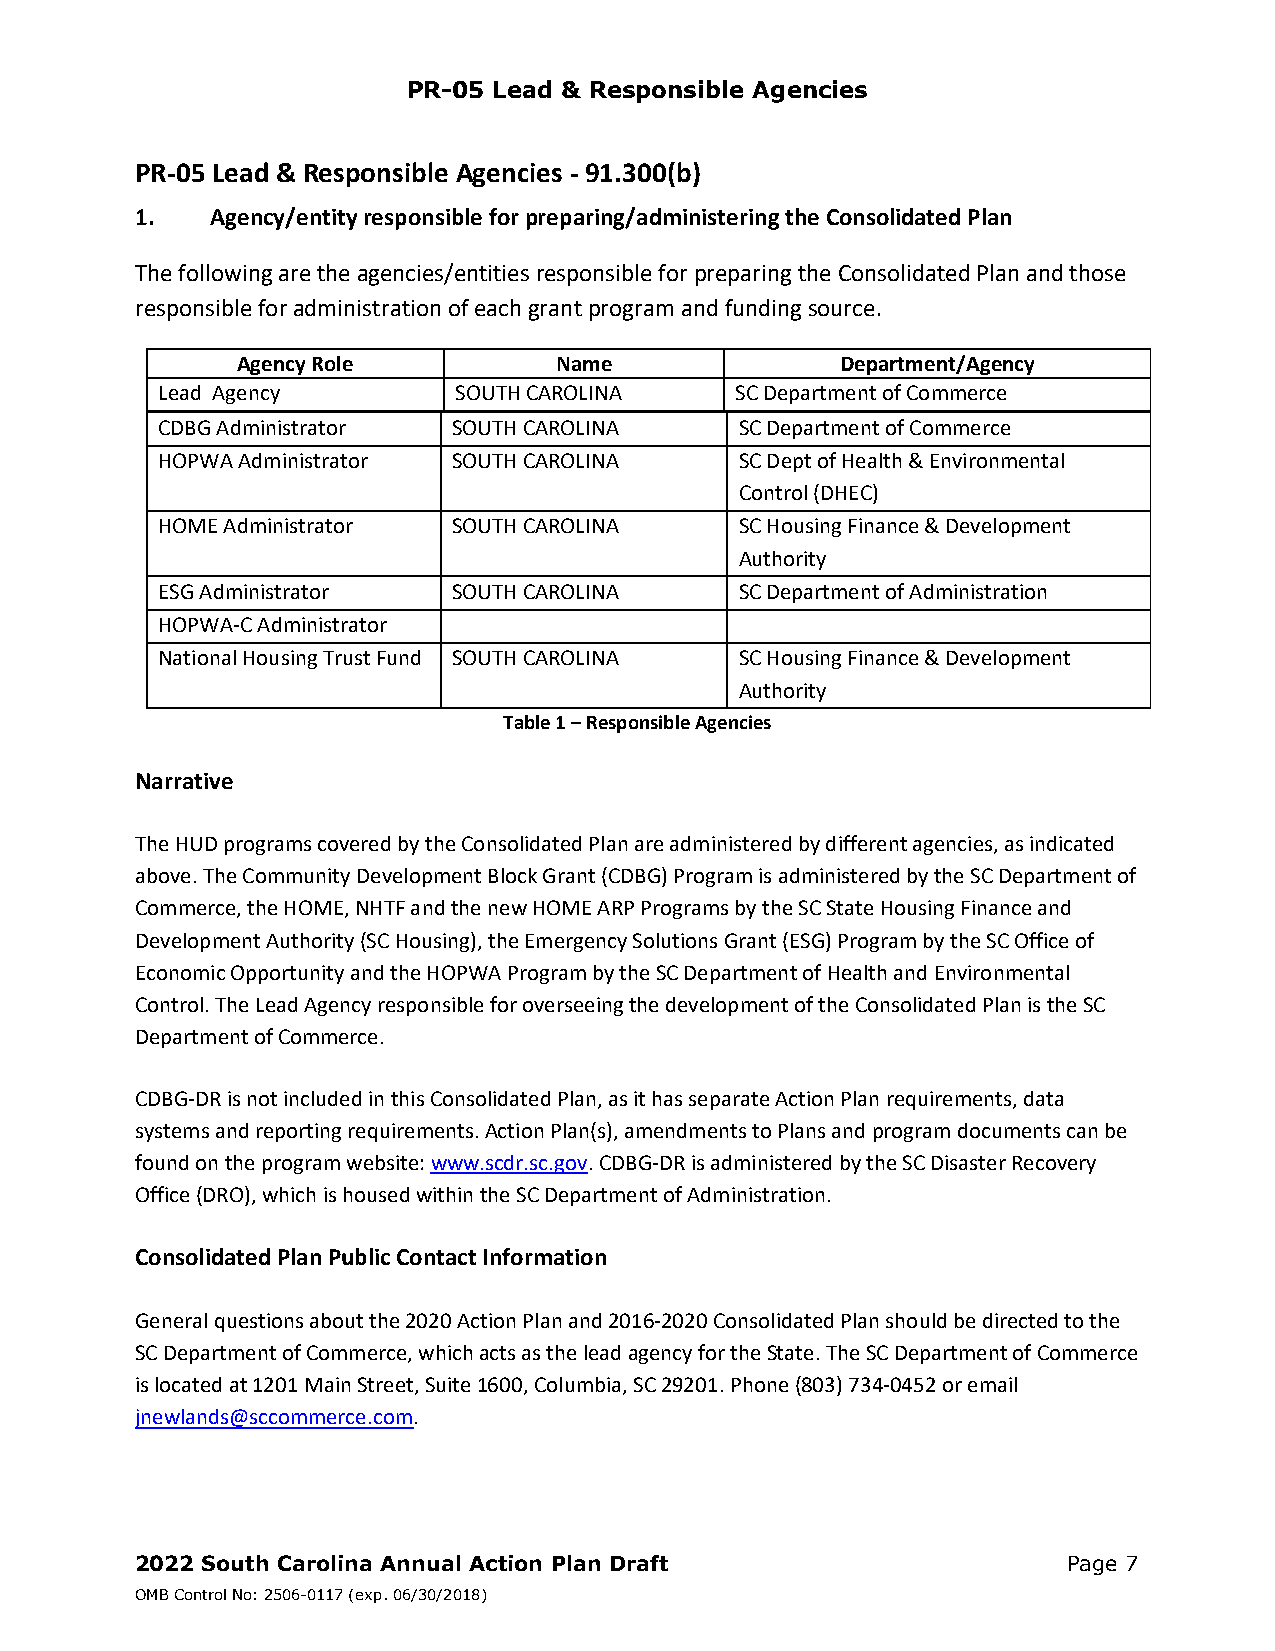
PR-05 Lead & Responsible Agencies
 PR‐05 Lead & Responsible Agencies ‐ 91.300(b)
 1.   Agency/entity responsible for preparing/administering the Consolidated Plan
 The following are the agencies/entities responsible for preparing the Consolidated Plan and those
 responsible for administration of each grant program and funding source.
 Agency Role          Name               Department/Agency
 Lead Agency         SOUTH CAROLINA     SC Department of Commerce
 CDBG Administrator  SOUTH CAROLINA     SC Department of Commerce
 HOPWA Administrator SOUTH CAROLINA     SC Dept of Health & Environmental
 Control (DHEC)
 HOME Administrator  SOUTH CAROLINA     SC Housing Finance & Development
 Authority
 ESG Administrator   SOUTH CAROLINA     SC Department of Administration
 HOPWA‐C Administrator
 National Housing Trust Fund SOUTH CAROLINA SC Housing Finance & Development
 Authority
 Table 1 – Responsible Agencies
 Narrative
 The HUD programs covered by the Consolidated Plan are administered by different agencies, as indicated
 above. The Community Development Block Grant (CDBG) Program is administered by the SC Department of
 Commerce, the HOME, NHTF and the new HOME ARP Programs by the SC State Housing Finance and
 Development Authority (SC Housing), the Emergency Solutions Grant (ESG) Program by the SC Office of
 Economic Opportunity and the HOPWA Program by the SC Department of Health and Environmental
 Control. The Lead Agency responsible for overseeing the development of the Consolidated Plan is the SC
 Department of Commerce.
 CDBG‐DR is not included in this Consolidated Plan, as it has separate Action Plan requirements, data
 systems and reporting requirements. Action Plan(s), amendments to Plans and program documents can be
 found on the program website: www.scdr.sc.gov. CDBG‐DR is administered by the SC Disaster Recovery
 Office (DRO), which is housed within the SC Department of Administration.
 Consolidated Plan Public Contact Information
 General questions about the 2020 Action Plan and 2016‐2020 Consolidated Plan should be directed to the
 SC Department of Commerce, which acts as the lead agency for the State. The SC Department of Commerce
 is located at 1201 Main Street, Suite 1600, Columbia, SC 29201. Phone (803) 734‐0452 or email
 jnewlands@sccommerce.com.
 2022 South Carolina Annual Action Plan Draft                  Page 7
 OMB Control No: 2506-0117 (exp. 06/30/2018)